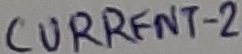
Text: CURRENT-2